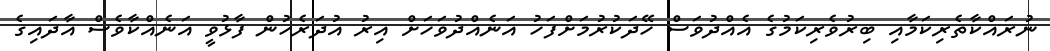
ނުރައްކާތެރިކަމާއި ބިރުވެރިކަމުގެ އެއްދުވަސް ހޭދަކުރުމަށްފަހު އަނެއްދުވަހަށް އިރު އުދަރެހުން ފާޅުވީ އަނެއްކާވެސް އާދައިގެ